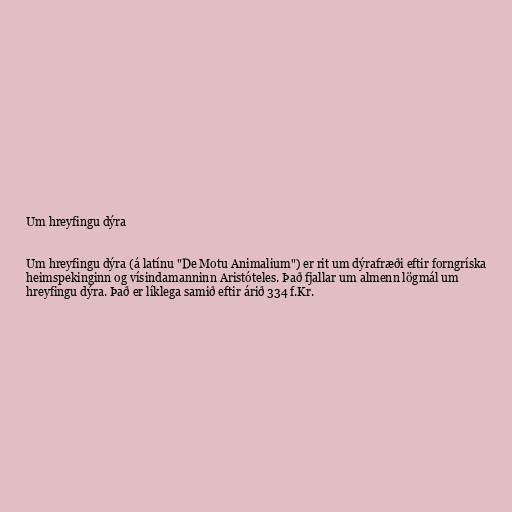
Um hreyfingu dýra

Um hreyfingu dýra (á latínu "De Motu Animalium") er rit um dýrafræði eftir forngríska
heimspekinginn og vísindamanninn Aristóteles. Það fjallar um almenn lögmál um
hreyfingu dýra. Það er líklega samið eftir árið 334 f.Kr.